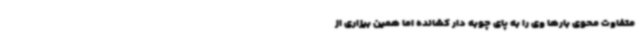
متفاوت محوی بارها وی را به پای چوبه دار کشانده اما همین بیزاری از